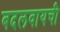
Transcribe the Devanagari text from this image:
बदलवायची